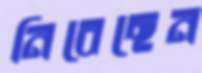
নিবেছেন